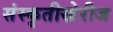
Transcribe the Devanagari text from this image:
संस्कृतीखेरीज